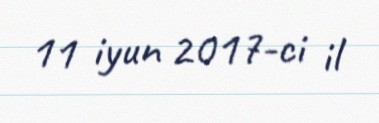
11 iyun 2017-ci il